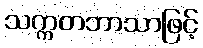
သက္ကတဘာသာဖြင့်